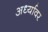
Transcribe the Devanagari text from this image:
अर्ध्यावर